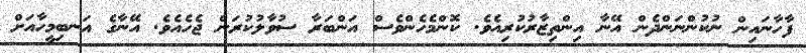
ފާހާނައިން ނުކުންނަންދެން އޭނާ އިންތިޒާރުކުރިއެވެ. ކޮންމެހެންވެސް އަންބަރާ ސުވާލުކުރަން ޖެހެއެވެ. އޭނާގެ އަނބިމީހާއަށް